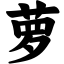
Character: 萝